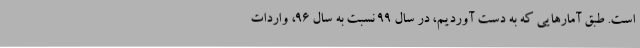
است. طبق آمارهایی که به دست آوردیم، در سال ۹۹ نسبت به سال ۹۶، واردات